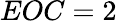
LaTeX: EOC=2